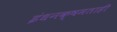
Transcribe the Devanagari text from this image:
इंधनक्षमताही